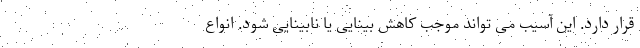
قرار دارد. این آسیب می تواند موجب کاهش بینایی یا نابینایی شود. انواع